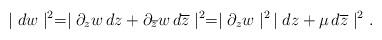
LaTeX: \begin{align*}\mid dw \mid^{2} = \mid \partial_{z} w \, dz + \partial_{\overline{z}}w \,d \overline{z} \mid^{2} = \mid \partial_{z}w\mid^{2}\, \mid dz + \mu \, d\overline{z} \mid^{2}.\end{align*}